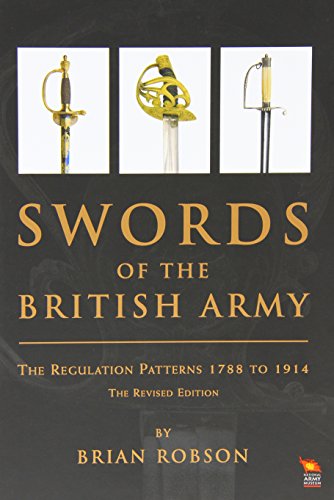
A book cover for Swords of the British Army: The Regulation Patterns 1788 to 1914; Brian Robson; Crafts, Hobbies & Home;